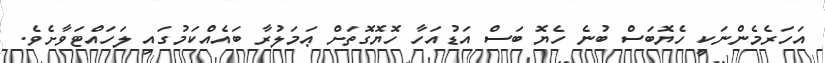
އަހަރެމެންނަކީ ހެޔޮބަސް ބުނެ ހެޔޮ ބަސް އަޑުއަހާ ހޮޔޮގޮތަށް ޢަމަލުުރާ ބައެއްކަމުގައި ލަހައްޓަވާށެވެ.